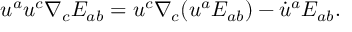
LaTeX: u ^ { a } u ^ { c } \nabla _ { c } E _ { a b } = u ^ { c } \nabla _ { c } ( u ^ { a } E _ { a b } ) - \dot { u } ^ { a } E _ { a b } .